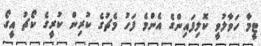
ޓީމާ ހަވާލުވީ ކޮލިފައިންގެ އެންމެ ފަހު މެޗުގެ ކުރިން ކުރީގެ ކޯޗު އީގޯ